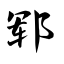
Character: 郓